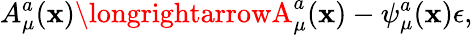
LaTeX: A_{\mu}^{a}(\mathbf{x})\longrightarrowA_{\mu}^{a}(\mathbf{x})-\psi_{\mu}^{a}(\mathbf{x})\epsilon,